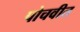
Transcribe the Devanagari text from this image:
पोचवीत